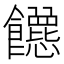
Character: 𬲡